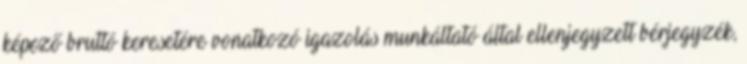
képező bruttó keresetére vonatkozó igazolás munkáltató által ellenjegyzett bérjegyzék,